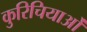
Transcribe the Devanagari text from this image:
कुरिचियाओं